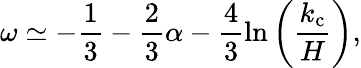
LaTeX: \omega\simeq-\frac{1}{3}-\frac{2}{3}\alpha-\frac{4}{3}\ln\left(\frac{k_{\mathrm{c}}}{H}\right),